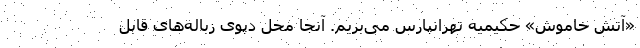
«آتش خاموش» حکیمیه تهرانپارس می‌بریم. آنجا محل دپوی زباله‌های قابل